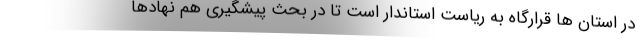
در استان ها قرارگاه به ریاست استاندار است تا در بحث پیشگیری هم نهادها